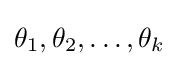
\theta _{1},\theta _{2},\ldots ,\theta _{k}